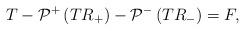
LaTeX: \begin{align*}T-\mathcal{P}^+\left(T R_+\right)-\mathcal{P}^-\left(T R_-\right)=F,\end{align*}